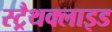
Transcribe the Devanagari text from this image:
स्ट्रैथक्लाइड